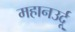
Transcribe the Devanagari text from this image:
महानउर्दू